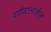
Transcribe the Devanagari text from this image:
वर्णपटलातील